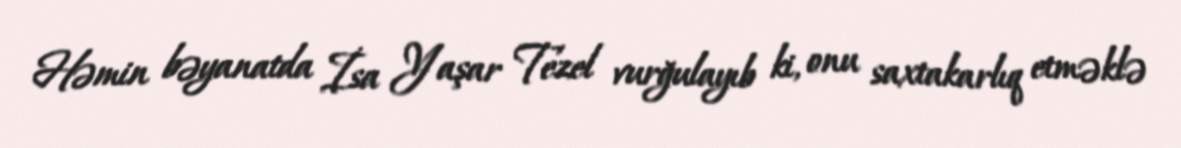
Həmin bəyanatda İsa Yaşar Tezel vurğulayıb ki, onu saxtakarlıq etməklə